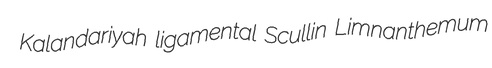
Kalandariyah ligamental Scullin Limnanthemum